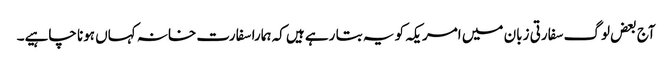
آج بعض لوگ سفارتی زبان میں امریکہ کو یہ بتا رہے ہیں کہ ہمارا سفارت خانہ کہاں ہونا چاہیے۔